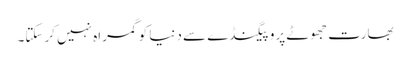
بھارت جھوٹے پروپیگنڈے سے دنیا کوگمراہ نہیں کرسکتا۔